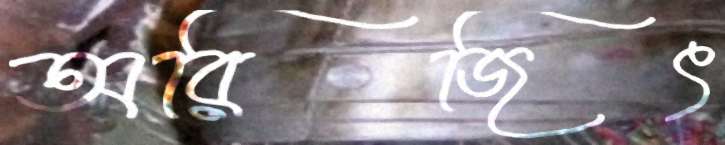
অরিজিৎ